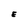
Character: E